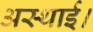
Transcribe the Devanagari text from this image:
अस्थाई।